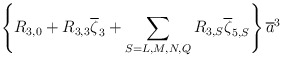
\begin{align*}\left\{R_{3,0}+R_{3,3}\overline\zeta_3+\sum_{S=L,M,N,Q}R_{3,S}\overline\zeta_{5,S}\right\}\overline{a}^3\end{align*}